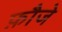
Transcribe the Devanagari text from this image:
फ़ौजे